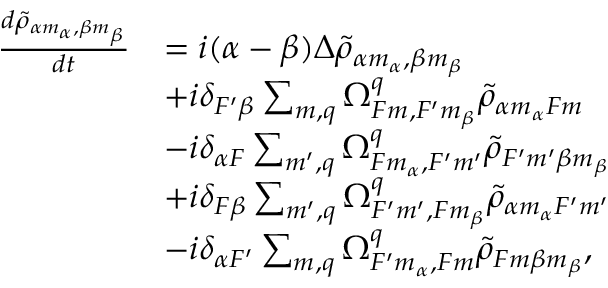
\begin{array} { r l } { \frac { d \tilde { \rho } _ { \alpha m _ { \alpha } , \beta m _ { \beta } } } { d t } } & { = i ( \alpha - \beta ) \Delta \tilde { \rho } _ { \alpha m _ { \alpha } , \beta m _ { \beta } } } \\ & { + i \delta _ { F ^ { \prime } \beta } \sum _ { m , q } \Omega _ { F m , F ^ { \prime } m _ { \beta } } ^ { q } \tilde { \rho } _ { \alpha m _ { \alpha } F m } } \\ & { - i \delta _ { \alpha F } \sum _ { m ^ { \prime } , q } \Omega _ { F m _ { \alpha } , F ^ { \prime } m ^ { \prime } } ^ { q } \tilde { \rho } _ { F ^ { \prime } m ^ { \prime } \beta m _ { \beta } } } \\ & { + i \delta _ { F \beta } \sum _ { m ^ { \prime } , q } \Omega _ { F ^ { \prime } m ^ { \prime } , F m _ { \beta } } ^ { q } \tilde { \rho } _ { \alpha m _ { \alpha } F ^ { \prime } m ^ { \prime } } } \\ & { - i \delta _ { \alpha F ^ { \prime } } \sum _ { m , q } \Omega _ { F ^ { \prime } m _ { \alpha } , F m } ^ { q } \tilde { \rho } _ { F m \beta m _ { \beta } } , } \end{array}